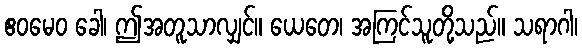
ဧဝမေဝ ခေါ၊ ဤအတူသာလျှင်။ ယေတေ၊ အကြင်သူတို့သည်။ သရာဂါ၊